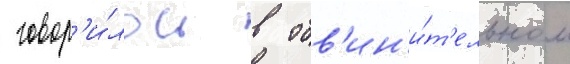
 говор'и́лось в обв'ин'и́т'ельном